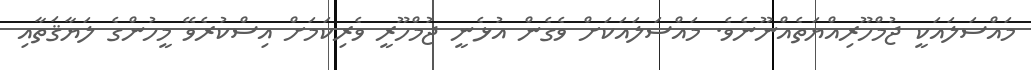
މައްސަލައަކީ ޖުމްހޫރިއްޔަތެއްނޫނެވެ. މައްސަލައަކަށް ވެގެން އުޅެނީ ޖުމްހޫރީ ވެރިކަމަށް އިސްކުރެވޭ މީހުންގެ ލަޔާޤަތާއި